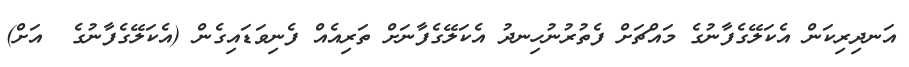
އަނދިރިކަން އެކަލޭގެފާނުގެ މައްޗަށް ފެތުރުނުހިނދު އެކަލޭގެފާނަށް ތަރިއެއް ފެނިވަޑައިގެން (އެކަލޭގެފާނުގެ  އަށް)